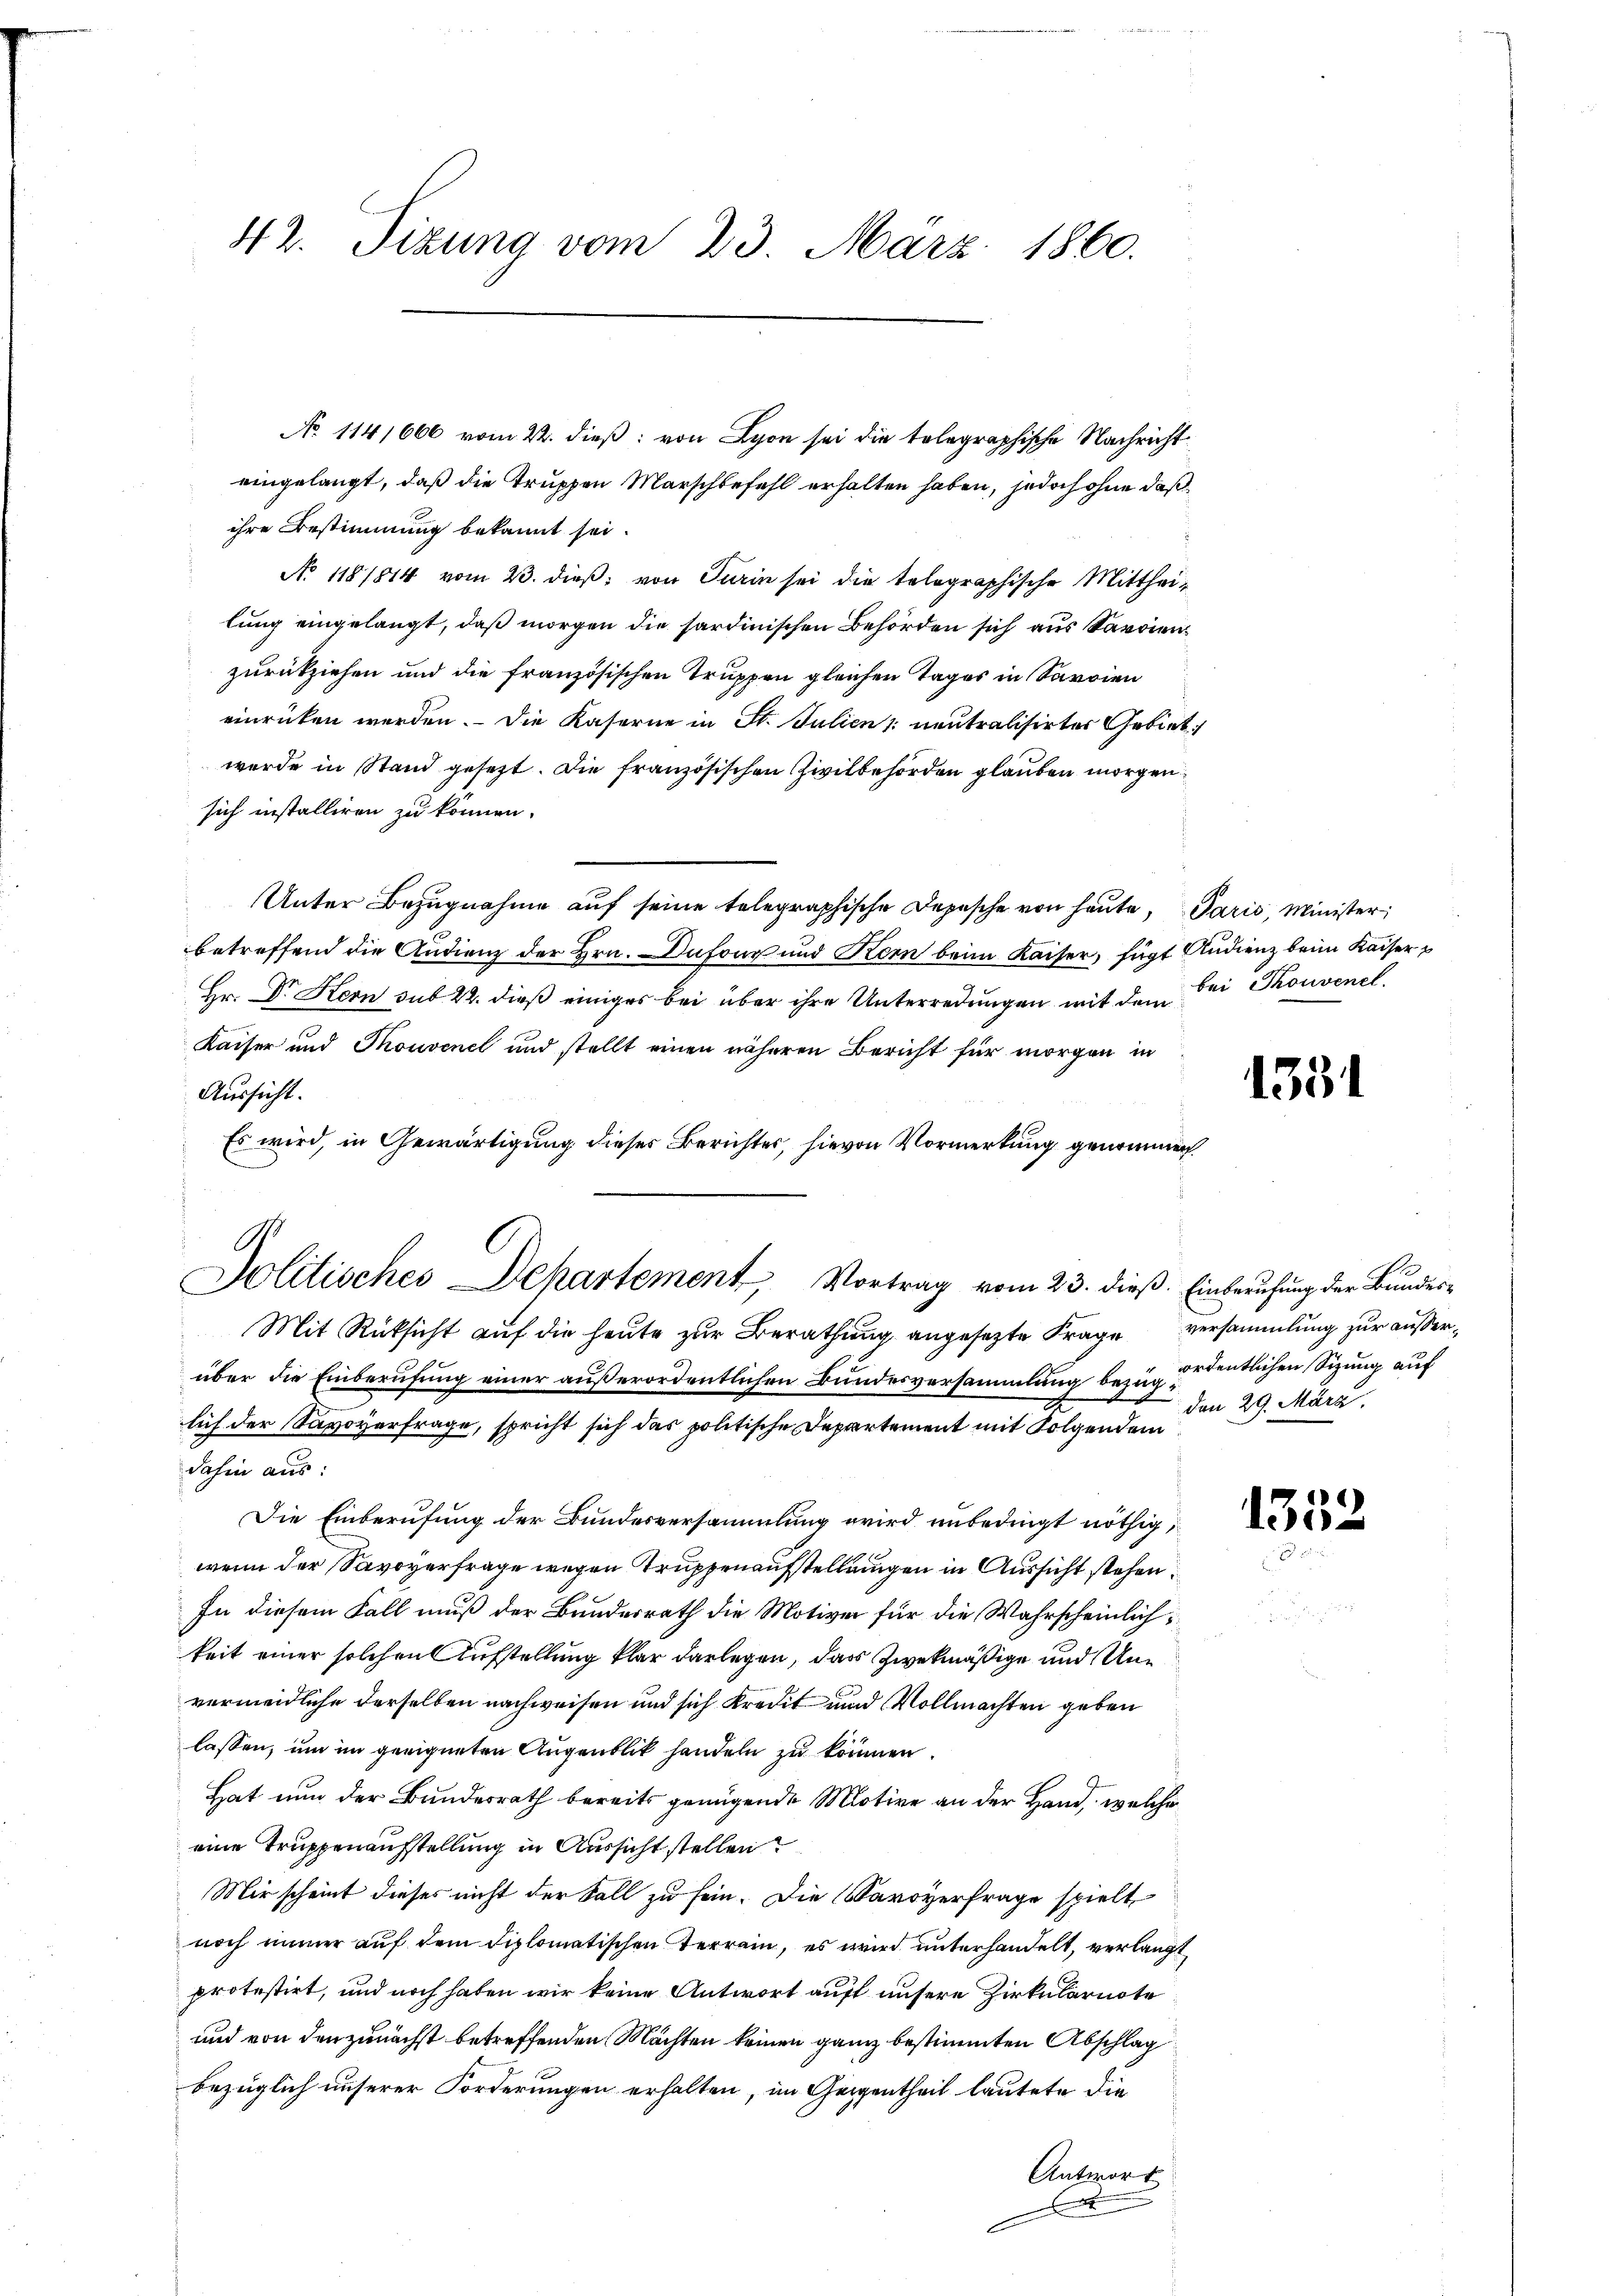
42. Tizung vom 23. März 1860.

eingelangt, daß die Truppen Marschbefehl erhalten haben, jedoch ohne daß
ihre Bestimmung bekannt sei.
No 118/814 vom 23. dieß von Turin sei die telegraphische Mittheilung eingelangt, daß morgen die sardinischen Behörden sich aus Sardienzurückziehen und die französischen Truppen gleichen Tages in Sarrien
einrücken werden. - Die Kaserne in St. Julien neutralisirtes Gebiet:/
werde in Stand gesetzt. Die französischen Zivilbehörden glauben morgen
sich installiren zu können.
Unter Bezugnahme auf seine telegraphische Depesche von heute, Paris, Minister
betreffend die Andienz der Hrn. Dafons und Kern beim Kaiser, fügt Audienz beim Kaiser p
Hr. Dr Kern sub 22. dieß einiges bei über ihre Unterredungen mit dem Bei Thonvenet,
Kaiser und Thouvenel und stellt einen näheren Bericht für morgen in
Aussicht.
Es wird, in Gewärtigung dieses Berichtes, hievon Vormerkung genommen
über die Einberufung einer außerordentlichen Bundesversammlung bezug der endlichen Sizung auf
lich der Savoyerfrage, spricht sich das politische Departement mit Folgendem
dahin aus:
Die Einberufung der Bundesversammlung wird unbedingt nöthig,
wenn der Savoyerfrage wegen Truppenaufstellungen in Aussicht stehen
In diesem Fall muß der Banderrath die Motiven für die Wahrscheinlichkeit einer solchen Aufstellung klar darlegen, das zwekmäßige und Unvermeidliche derselben nachweisen und sich kredit und Vollmachten geben
lassen, um im geeigneten Augenblik handeln zu können.
Hat nun der Bundesrath bereits genügende Motive an der Hand, welche
eine Truppenaufstellung in Aussicht stellen
Mir scheint dieses nicht der Fall zu sein. Die Caroyerfrage spielt
noch immer auf dem diplomatischen Terrain, es wird unterhandelt, verlangt,
protestirt, und noch haben wir keine Antwort auff unsere Zirkularnote
und von den zunächst betreffenden Machten keinen ganz bestimmten Abschlag
bezüglich unserer Forderungen erhalten, im Geigentheil lautete die
Antwort
x

A
Jolitisches Dekartement Vortrag vom 23. dieß. Einberufung der Bundes¬
Mit Rücksicht auf die heute zur Berathung angesezte Frage versammlung zur außer¬

No 1141666 vom 22. dieß: von Lyon sei die telegraphische Nachricht

1331

den 29. März.

1352